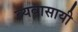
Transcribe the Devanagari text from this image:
व्यवासायी